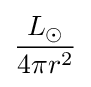
L_{\odot } \over {4\pi r^{2}}